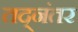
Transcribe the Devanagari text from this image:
तद्‌नंतर